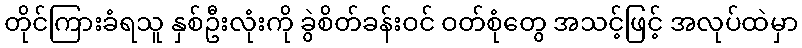
တိုင်ကြားခံရသူ နှစ်ဦးလုံးကို ခွဲစိတ်ခန်းဝင် ဝတ်စုံတွေ အသင့်ဖြင့် အလုပ်ထဲမှာ